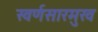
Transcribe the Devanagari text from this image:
स्वर्णसारमुख